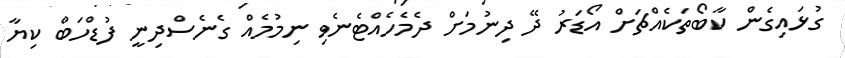
ގުޅައިގެން ކާބޯތަކެއްޗަށް އޯޑަރު ދޭ ދިނުމަށް ދެމެހެއްޓެނެވި ނިމުމެއް ގެނެސްދިނީ ފުޑްހަބް ކިޔާ